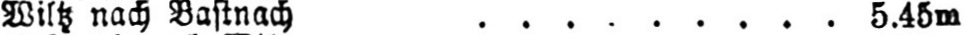
Wiltz nach Bastnach ......... 5.45m